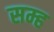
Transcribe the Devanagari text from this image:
सम्ह